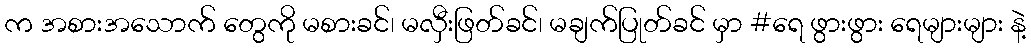
က အစားအသောက် တွေကို မစားခင်၊ မလှီးဖြတ်ခင်၊ မချက်ပြုတ်ခင် မှာ #ရေ ဖွားဖွား ရေများများ နဲ့